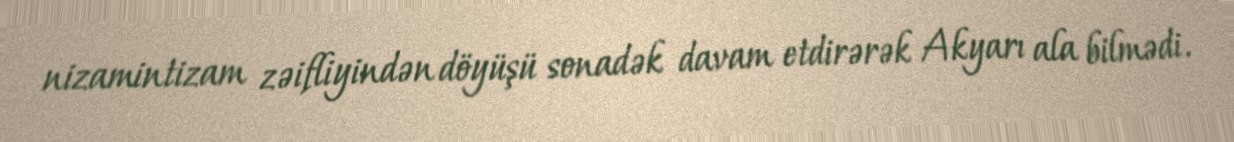
nizamintizam zəifliyindən döyüşü sonadək davam etdirərək Akyarı ala bilmədi.